Report of the Municipal Commissioner on the plague in Bombay for the year ending 31st May... - Volume 1
Disease focus: Plague
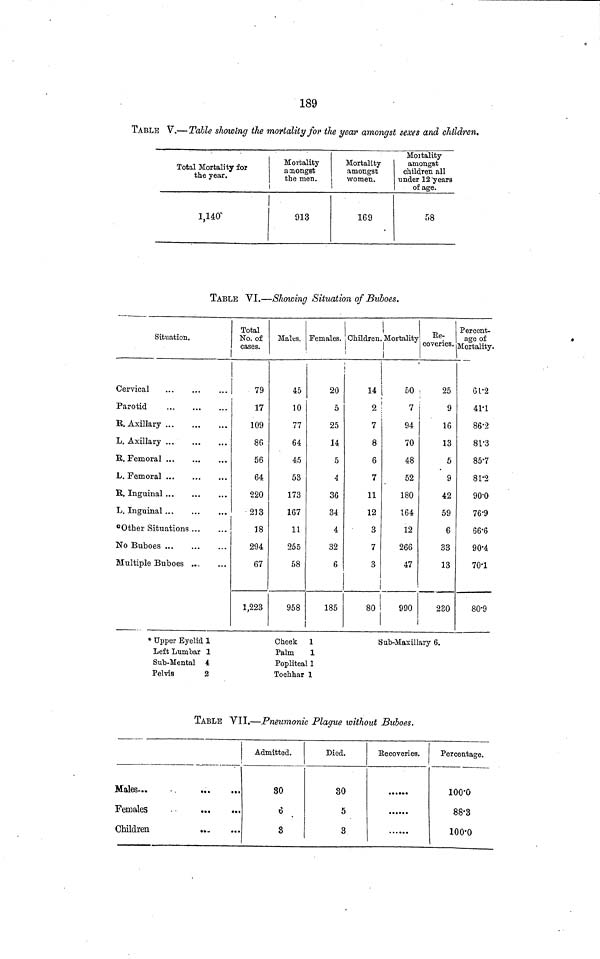
189
TABLE V.—Table showing the mortality for the year amongst sexes and children.
Total Mortality for
the year.
1,140
Mortality
amongst
the men.
913
Moitality
Mortality
amongst
amongst
children all
women.
under 12 years
of age.
169
58
TABLE VI.—Showing Situation of Buboes.
Situation.
Cervical
Parotid
R. Axillary
L. Axillary
B. Femoral
L. Femoral
B. Inguinal
L. Inguinal°0
ther Situations
No Buboes
Multiple Buboes ...
Total
No. of
cases.
79
17
109
80
56
64
220
213
18
294
67
1,223
Males.
45
10
77
64
45
53
173
167
11
255
58
958
Females.
20
5
25
14
5
4
36
34
4
32
6
185
Children.
,
Mortality Ee-
coveries.
14
50 ,
25
2
7
7
8
6
7
11
12
3
7
3
80
94
70
48
52
180
164
12
266
47
990
9
16
13
5
9
42
59
6
33
13
280
Percent-
age of
Mortality.
61·2
41·1
86·2
81·3
85·7
81·2
90·0
76·9
66·6
90·4
70·1
80·9
Upper Eyelid 1
Cheek 1
Sub-Maxillary 6.
Left Lumbar 1
Palm
1
Sub-Mental 4
Popliteal 1
Pelvis
2
Tochhar 1
TABLE VII.—Pneumonic Plague without Buboes.
Males...
Females
Children
Admitted.
80
6
3
Died.
30
5
3
Kecoveries.
••••••
Percentage.
l00·0
88·3
100·0